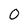
Character: 0